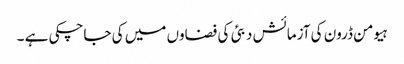
ہیومن ڈرون کی آزمائش دبئی کی فضاوں میں کی جاچکی ہے ۔